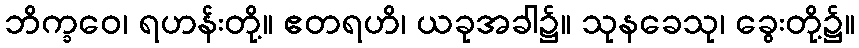
ဘိက္ခဝေ၊ ရဟန်းတို့။ ဧတရဟိ၊ ယခုအခါ၌။ သုနခေသု၊ ခွေးတို့၌။